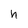
Character: n